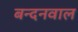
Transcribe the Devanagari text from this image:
बन्दनवाल